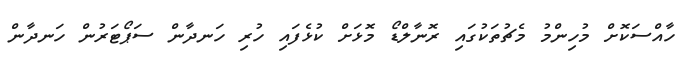
ހާއްސަކޮށް މުހިންމު މެޗުތަކުގައި ރޮނާލްޑޯ މޮޅަށް ކުޅެފައި ހުރި ހަނދާން ސަޕޯޓަރުން ހަނދާން